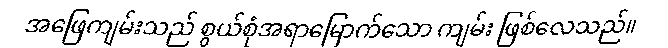
အဖြေကျမ်းသည် စွယ်စုံအရာမြောက်သော ကျမ်း ဖြစ်လေသည်။